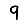
Digit: 9